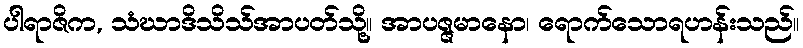
ပါရာဇိက, သံဃာဒိသိသ်အာပတ်သို့။ အာပဇ္ဇမာနော၊ ရောက်သောရဟန်းသည်။